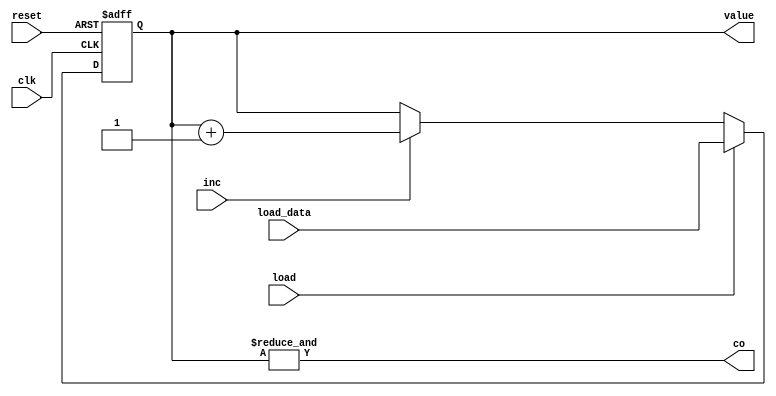
module Counter (clk, inc, reset, load, load_data, value, co);
    parameter N = 6;
    input clk, inc, reset, load;
    input [N-1:0] load_data;
    output co;
    output reg [N-1:0] value;

    assign co = &value;
    
    always @(posedge clk , posedge reset) begin
        if (reset)
            value <= {N{1'b0}};
        else 
            if(load)
                value <= load_data;
        else 
            if(inc)
                value <= value + 1;
    end
endmodule